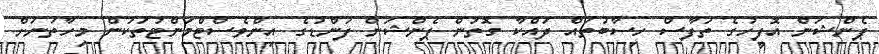
ޕެންޝަން އޮފީހުގެ ތަފާސް ހިސާބުތައް ދައްކާ ގޮތުން ޕެންޝަން ފަންޑުގެ އިންވެސްޓްމަންޓުތަކުން މިހާތަނަށް